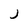
Character: J